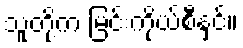
သူတို့က မြင်းကိုယ်စီနှင့်။